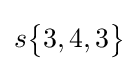
s{\begin{Bmatrix}3,4,3\end{Bmatrix}}